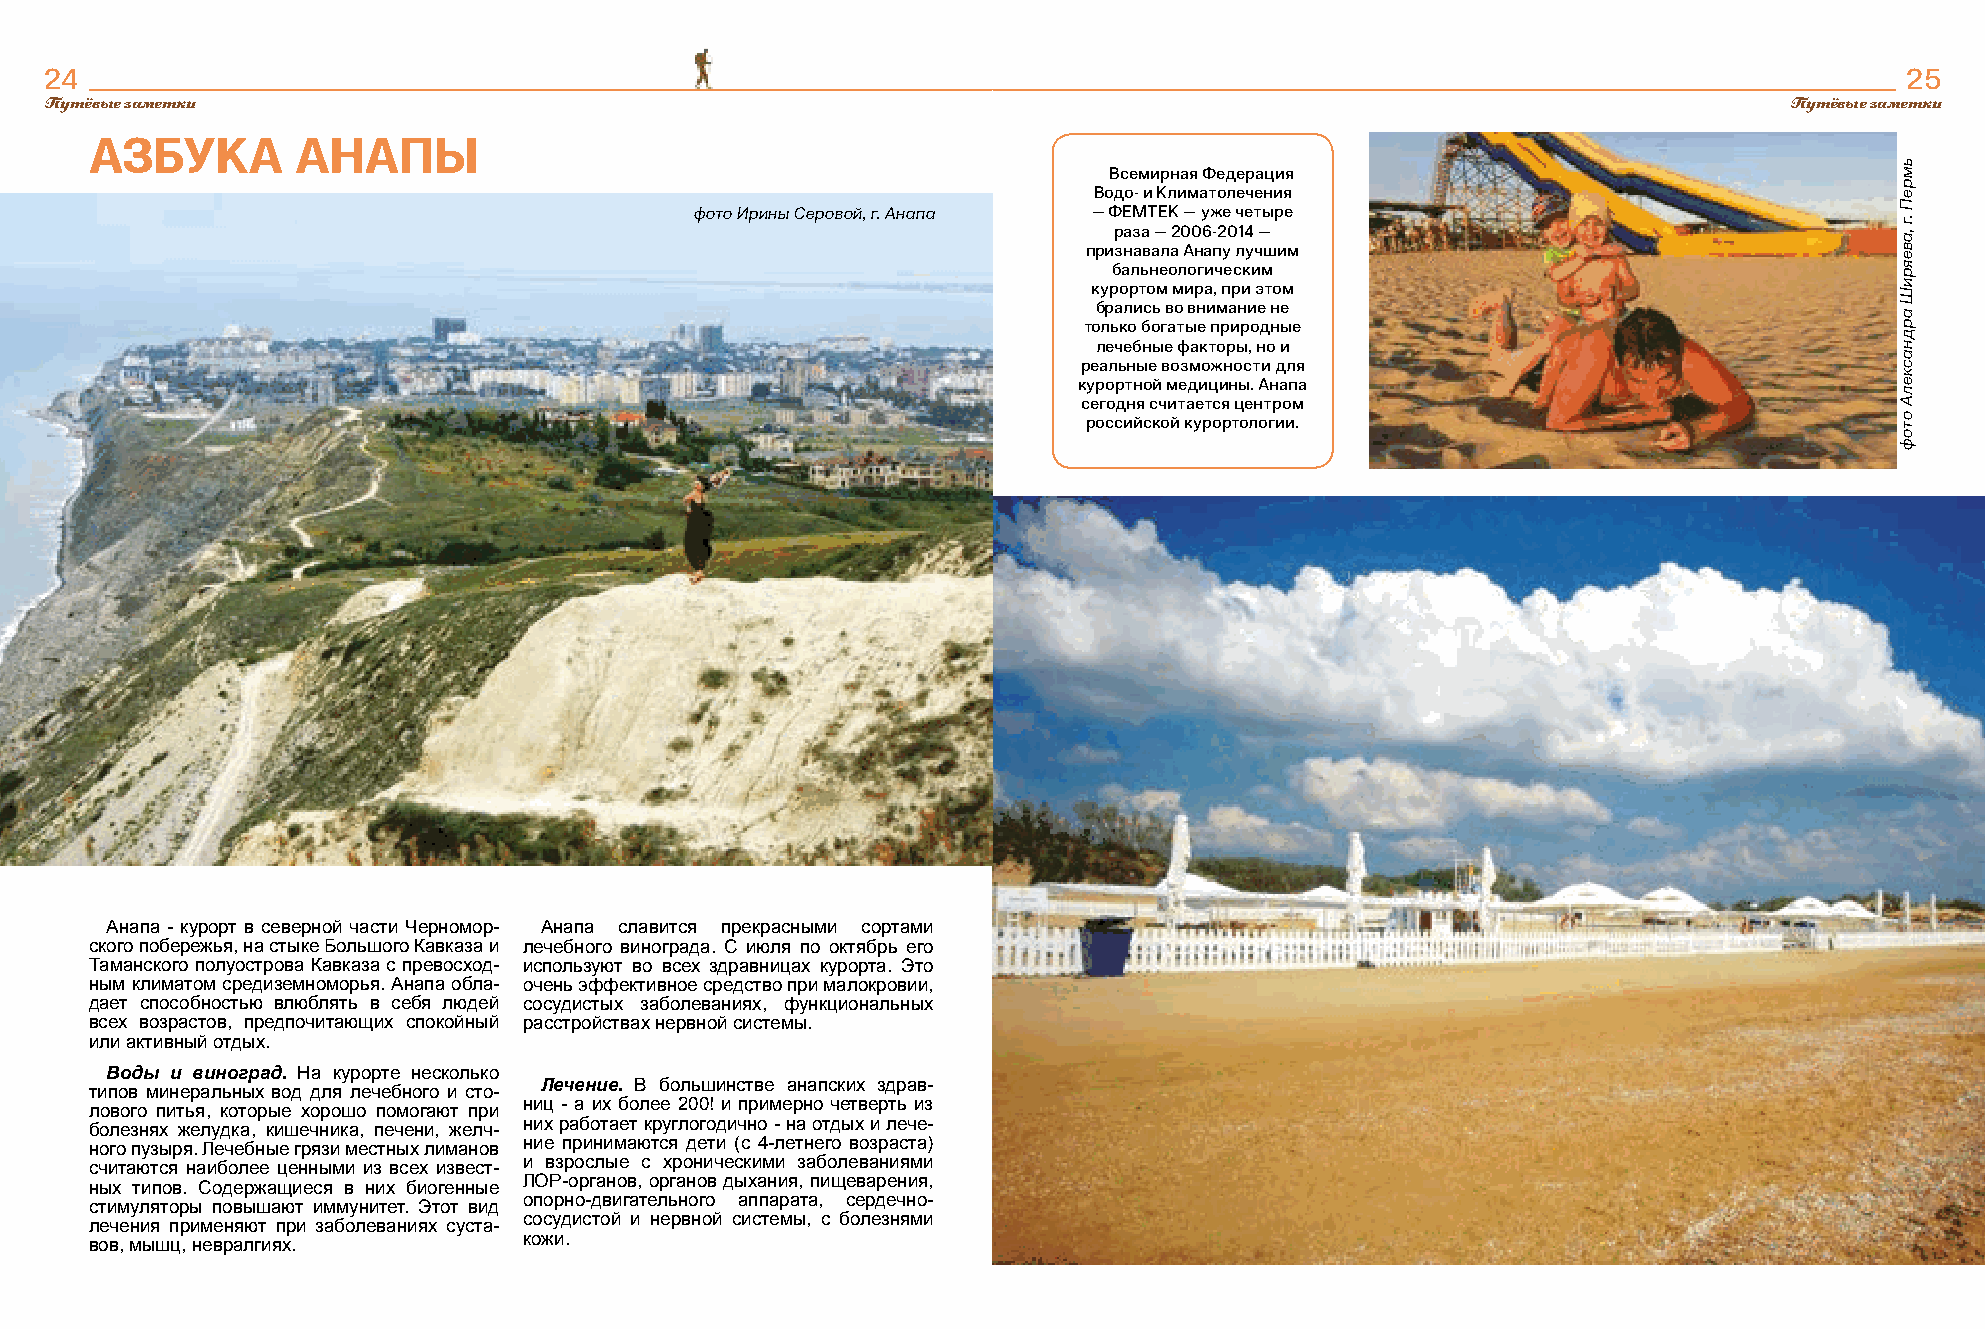
24                                                                                                                         25
 Путёвые заметки                                                                                                    Путёвые заметки
 АЗБУКА        АНАПЫ
 Всемирная Федерация
 Водо- и Климатолечения
 фото Ирины Серовой, г. Анапа — ФЕМТЕК — уже четыре
 раза — 2006-2014 —
 признавала Анапу лучшим
 бальнеологическим
 курортом мира, при этом
 брались во внимание не
 только богатые природные
 лечебные факторы, но и
 реальные возможности для
 курортной медицины. Анапа
 сегодня считается центром
 российской курортологии.
 Анапа - курорт в северной части Черномор- Анапа славится прекрасными сортами
 ского побережья, на стыке Большого Кавказа и лечебного винограда. С июля по октябрь его
 Таманского полуострова Кавказа с превосход- используют во всех здравницах курорта. Это
 ным климатом средиземноморья. Анапа обла- очень эффективное средство при малокровии,
 дает способностью влюблять в себя людей сосудистых заболеваниях, функциональных
 всех возрастов, предпочитающих спокойный расстройствах нервной системы.
 или активный отдых.
 Воды и виноград. На курорте несколько
 типов минеральных вод для лечебного и сто- Лечение. В большинстве анапских здрав-
 ниц - а их более 200! и примерно четверть из
 лового питья, которые хорошо помогают при
 них работает круглогодично - на отдых и лече-
 болезнях желудка, кишечника, печени, желч-
 ние принимаются дети (с 4-летнего возраста)
 ного пузыря. Лечебные грязи местных лиманов
 и взрослые с хроническими заболеваниями
 считаются наиболее ценными из всех извест-
 ЛОР-органов, органов дыхания, пищеварения,
 ных типов. Содержащиеся в них биогенные
 опорно-двигательного аппарата, сердечно-
 стимуляторы повышают иммунитет. Этот вид
 сосудистой и нервной системы, с болезнями
 лечения применяют при заболеваниях суста-
 кожи.
 вов, мышц, невралгиях.
 ьмреП
 .г
 ,авеяриШ
 арднаскелА
 отоф